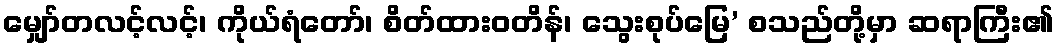
မျှော်တလင့်လင့်၊ ကိုယ်ရံတော်၊ စိတ်ထားဝတိန်၊ သွေးစုပ်မြေ’ စသည်တို့မှာ ဆရာကြီး၏